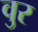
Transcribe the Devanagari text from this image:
वुर